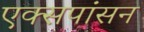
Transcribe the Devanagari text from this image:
एक्सपांसन